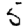
Digit: 5